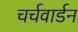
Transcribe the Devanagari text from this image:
चर्चवार्डन